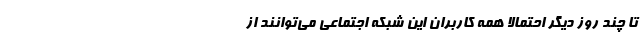
تا چند روز دیگر احتمالا همه کاربران این شبکه اجتماعی می‌توانند از